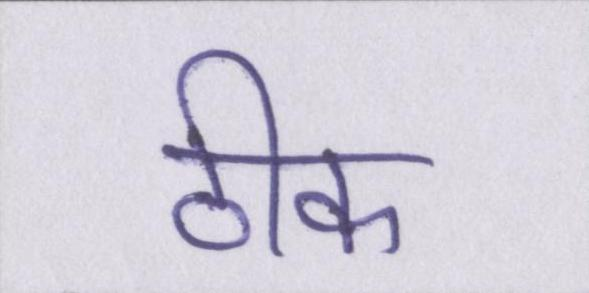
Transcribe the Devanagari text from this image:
ठीक